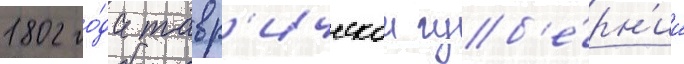
1802 го́да тавр'ическои губ'е́рн'ии